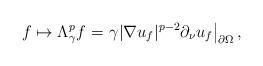
LaTeX: \begin{align*}f\mapsto \Lambda_{\gamma}^p f=\left.\gamma|\nabla u_f|^{p-2}\partial_{\nu} u_f\right|_{\partial\Omega},\end{align*}